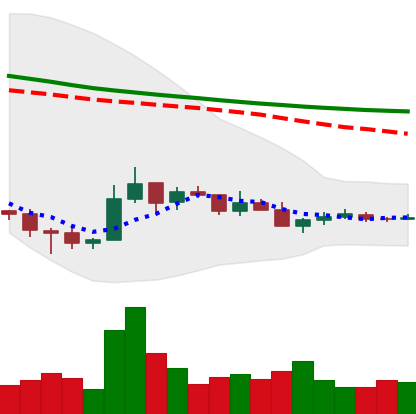
Ticker: TRX-USD
Chart end date: 2018-12-12
Forward return: 6.5%
Label: up_5_7